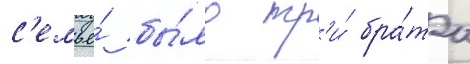
с'емье́ бы́ло тр'и́ бра́та